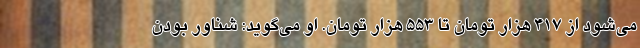
می‌شود از ۴۱۷ هزار تومان تا ۵۵۳ هزار تومان. او می‌گوید: شناور بودن